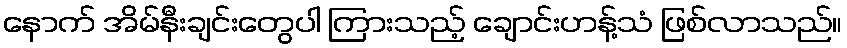
နောက် အိမ်နီးချင်းတွေပါ ကြားသည့် ချောင်းဟန့်သံ ဖြစ်လာသည်။